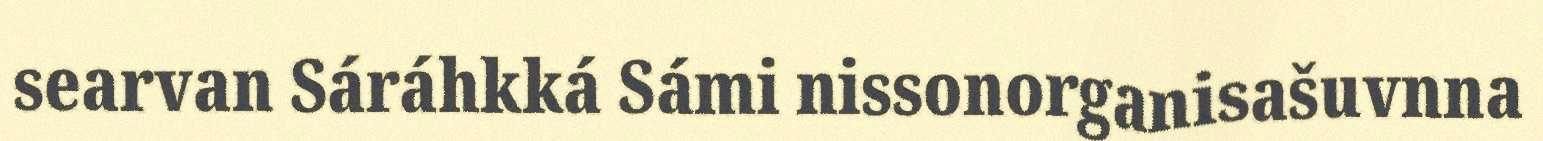
searvan Sáráhkká Sámi nissonorganisašuvnna